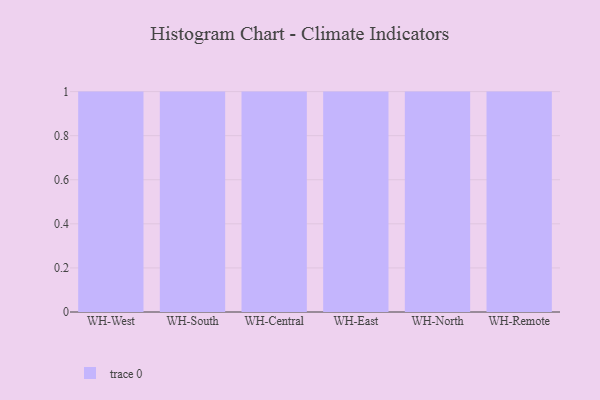
{"axis": {"x": "Warehouse", "y": "Humidity (%)"}, "legend": [""], "data": [{"x": "WH-West", "y": 39, "type": ""}, {"x": "WH-South", "y": 16, "type": ""}, {"x": "WH-Central", "y": 87, "type": ""}, {"x": "WH-East", "y": 90, "type": ""}, {"x": "WH-North", "y": 28, "type": ""}, {"x": "WH-Remote", "y": 8, "type": ""}]}